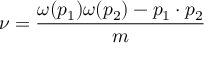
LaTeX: \nu = \frac { \omega ( p _ { 1 } ) \omega ( p _ { 2 } ) - p _ { 1 } \cdot p _ { 2 } } { m }